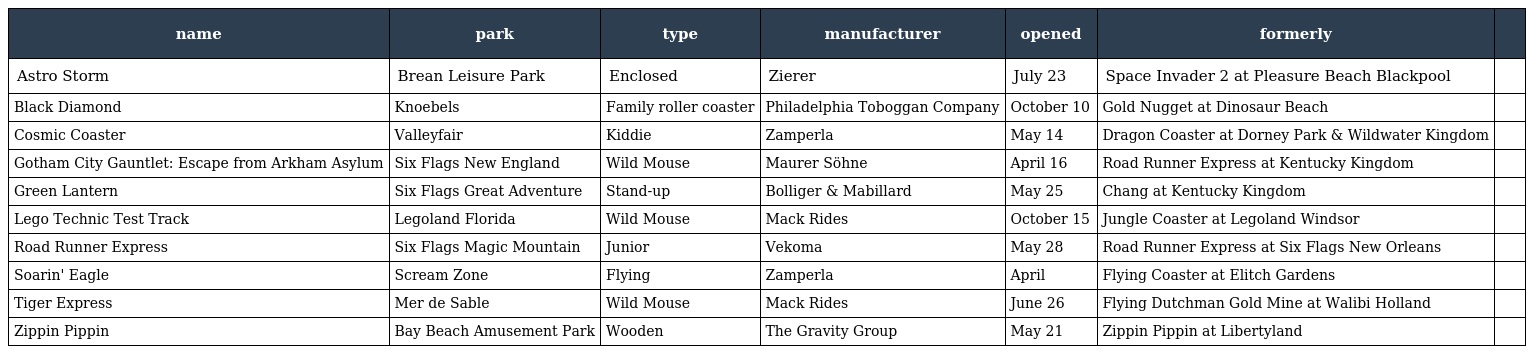
| name | park | type | manufacturer | opened | formerly |  |
 | --- | --- | --- | --- | --- | --- | --- |
 | Astro Storm | Brean Leisure Park | Enclosed | Zierer | July 23 | Space Invader 2 at Pleasure Beach Blackpool |  |
 | Black Diamond | Knoebels | Family roller coaster | Philadelphia Toboggan Company | October 10 | Gold Nugget at Dinosaur Beach |  |
 | Cosmic Coaster | Valleyfair | Kiddie | Zamperla | May 14 | Dragon Coaster at Dorney Park & Wildwater Kingdom |  |
 | Gotham City Gauntlet: Escape from Arkham Asylum | Six Flags New England | Wild Mouse | Maurer Söhne | April 16 | Road Runner Express at Kentucky Kingdom |  |
 | Green Lantern | Six Flags Great Adventure | Stand-up | Bolliger & Mabillard | May 25 | Chang at Kentucky Kingdom |  |
 | Lego Technic Test Track | Legoland Florida | Wild Mouse | Mack Rides | October 15 | Jungle Coaster at Legoland Windsor |  |
 | Road Runner Express | Six Flags Magic Mountain | Junior | Vekoma | May 28 | Road Runner Express at Six Flags New Orleans |  |
 | Soarin' Eagle | Scream Zone | Flying | Zamperla | April | Flying Coaster at Elitch Gardens |  |
 | Tiger Express | Mer de Sable | Wild Mouse | Mack Rides | June 26 | Flying Dutchman Gold Mine at Walibi Holland |  |
 | Zippin Pippin | Bay Beach Amusement Park | Wooden | The Gravity Group | May 21 | Zippin Pippin at Libertyland |  |